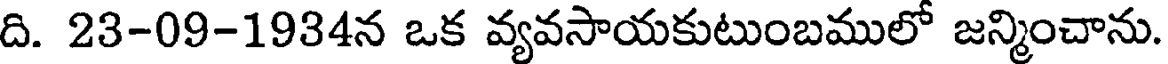
ది. 23-09-1934న ఒక వ్యవసాయకుటుంబములో జన్మించాను.